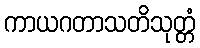
ကာယဂတာသတိသုတ္တံ